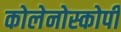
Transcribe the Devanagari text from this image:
कोलेनोस्कोपी